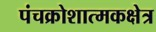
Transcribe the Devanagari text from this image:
पंचक्रोशात्मकक्षेत्र